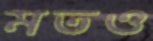
মতও